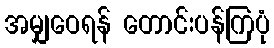
အမျှဝေရန် တောင်းပန်ကြပုံ